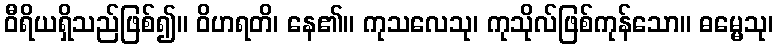
ဝီရိယရှိသည်ဖြစ်၍။ ဝိဟရတိ၊ နေ၏။ ကုသလေသု၊ ကုသိုလ်ဖြစ်ကုန်သော။ ဓမ္မေသု၊